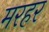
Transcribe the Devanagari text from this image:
मरहर